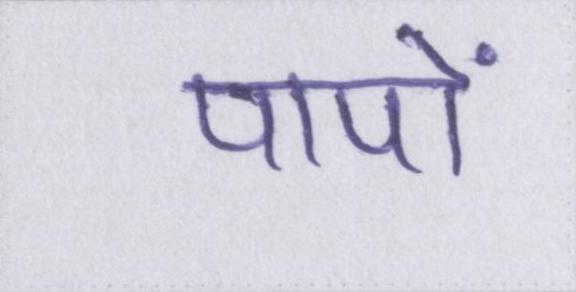
पापों